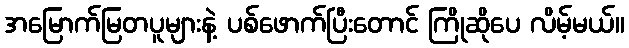
အမြောက်မြတပူများနဲ့ ပစ်ဖောက်ပြီးတောင် ကြိုဆိုပေ လိမ့်မယ်။